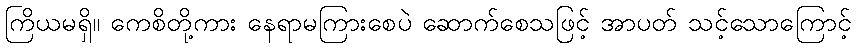
ကြိယမရှိ။ ကေစိတို့ကား နေရာမကြားစေပဲ ဆောက်စေသဖြင့် အာပတ် သင့်သောကြောင့်